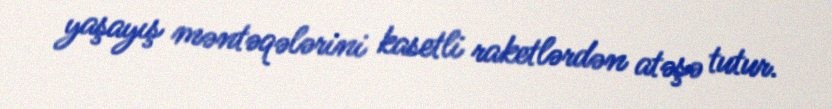
yaşayış məntəqələrini kasetli raketlərdən atəşə tutur.